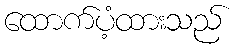
ထောက်ပံ့ထားသည်